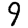
Digit: 9